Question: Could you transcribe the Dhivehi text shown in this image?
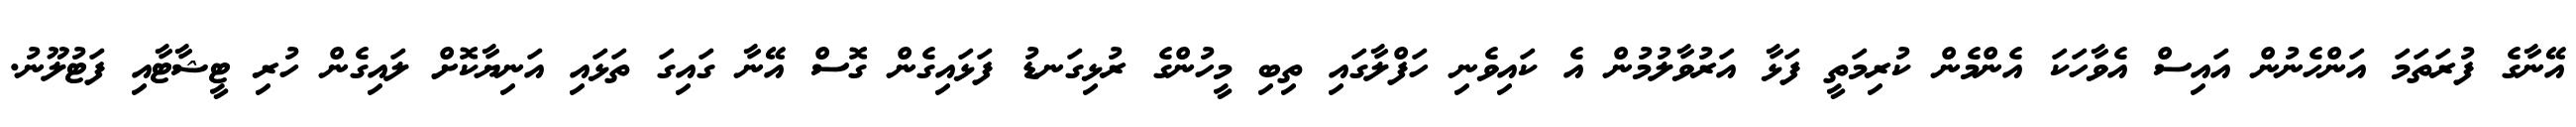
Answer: އޭނާގެ ފުރަތަމަ އަންހެނުން އައިސް އެވާހަކަ އެންމެން ކުރިމަތީ ފަޅާ އަރުވާލުމުން އެ ކައިވެނި ހަފްލާގައި ތިބި މީހުންގެ ރުޅިގަނޑު ފަޅައިގެން ގޮސް އޭނާ ގައިގަ ތަޅައި އަނިޔާކޮށް ލައިގެން ހުރި ޓީޝާޓާއި ފަޓުލޫނު.